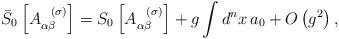
LaTeX: \begin{align*}\bar{S}_{0}\left[ A_{\alpha \beta }^{\;\;\;(\sigma )}\right] =S_{0}\left[A_{\alpha \beta }^{\;\;\;(\sigma )}\right] +g\int d^{n}x\,a_{0}+O\left(g^{2}\right) , \end{align*}